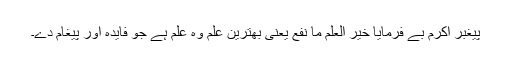
پیغبر اکرمؐ بے فرمایا خیر العلم ما نفع یعنی بھترین علم وہ علم ہے جو فایدہ اور پیغام دے۔